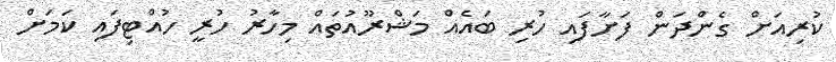
ކުރިއަށް ގެންދަން ފަށާފައި ހުރި ބައެއް މަޝްރޫއުތައް މިހާރު ހުރީ ހުއްޓިފައި ކަމަށް